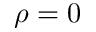
\rho = 0